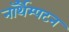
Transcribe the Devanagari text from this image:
नॉर्थैम्पटन